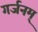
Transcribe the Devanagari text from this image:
गर्जनम्‌